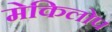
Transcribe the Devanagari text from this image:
मेकिलोप